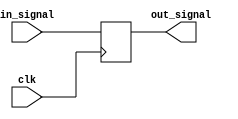
module delay_block #(parameter DELAY = 10) (
    input wire clk,               // Clock signal for sequential logic
    input wire [3:0] in_signal,  // 4-bit input signal
    output reg [3:0] out_signal   // 4-bit output signal
);

    // Always block triggered on the rising edge of the clock
    always @(posedge clk) begin
        // Introduce a delay in signal propagation
        #DELAY out_signal <= in_signal;
    end

endmodule